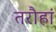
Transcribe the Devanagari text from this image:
तरौहां